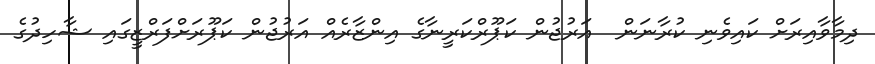
ދިމާވާއިރަށް ކައިވެނި ކުރާނަން  އަރުޖުން ކަޕޫރްކަރީނާގެ އިންޒާރެއް އަރުޖުން ކަޕޫރަށްފަރްޒީގައި ޝާހިދުގެ